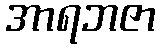
အာရဘဇာ